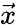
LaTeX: \vec{x}